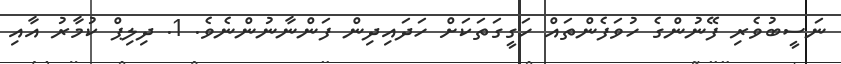
ނަސީބުވެރި ފޭނުންގެ ހުވަފެންތައް ހަގީގަތަކަށް ހަދައިދިން ފަންނާނުންނެވެ. 1. ދިލިޕް ކުމާރު އާއި